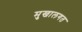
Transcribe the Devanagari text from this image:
मुखालगत